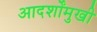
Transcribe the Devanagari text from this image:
आदर्शोंमुखी